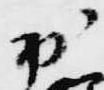
出